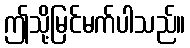
ဤသို့မြင်မက်ပါသည်။